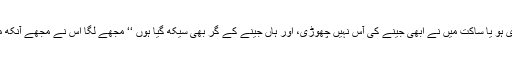
وقت جاری ہو یا ساکت میں نے ابھی جینے کی آس نہیں چھوڑی، اور ہاں جینے کے گر بھی سیکھ گیا ہوں ‘‘ مجھے لگا اس نے مجھے آنکھ ماری ہے۔